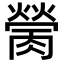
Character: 𦟴